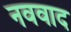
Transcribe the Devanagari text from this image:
नववाद